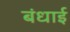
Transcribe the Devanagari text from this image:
बंधाई